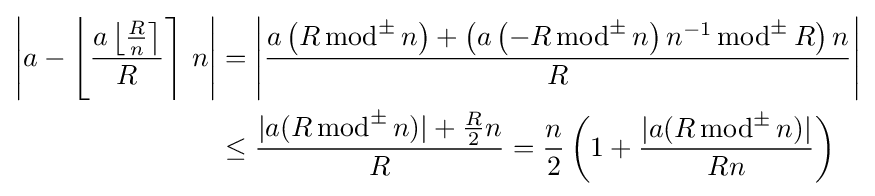
{\begin{aligned}\left|a-\left\lfloor {\frac {a\left\lfloor {\frac {R}{n}}\right\rceil }{R}}\right\rceil \,n\right|&=\left|{\frac {a\left(R\,{\text{mod}}^{\pm }\,n\right)+\left(a\left(-R\,{\text{mod}}^{\pm }\,n\right)n^{-1}\,{\text{mod}}^{\pm }\,R\right)n}{R}}\right|\\&\leq {\frac {|a(R\,{\text{mod}}^{\pm }\,n)|+{\frac {R}{2}}n}{R}}={\frac {n}{2}}\left(1+{\frac {|a(R\,{\text{mod}}^{\pm }\,n)|}{Rn}}\right)\end{aligned}}